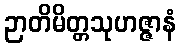
ဉာတိမိတ္တသုဟဇ္ဇာနံ